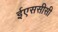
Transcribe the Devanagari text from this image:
ईएससीसी